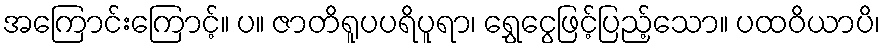
အကြောင်းကြောင့်။ ပ။ ဇာတိရူပပရိပူရာ၊ ရွှေငွေဖြင့်ပြည့်သော။ ပထဝိယာပိ၊